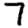
Digit: 7